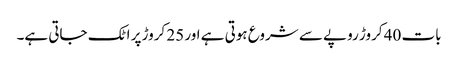
بات 40 کروڑ روپے سے شروع ہوتی ہے اور 25 کروڑ پر اٹک جاتی ہے۔